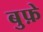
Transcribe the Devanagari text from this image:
बुफ़े